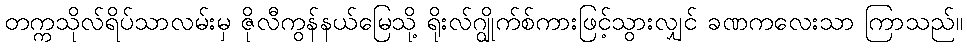
တက္ကသိုလ်ရိပ်သာလမ်းမှ ဇိုလီကွန်နယ်မြေသို့ ရိုးလ်ဂျွိုက်စ်ကားဖြင့်သွားလျှင် ခဏကလေးသာ ကြာသည်။